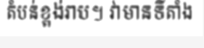
តំបន់ខ្ពង់រាប។ វាមានទីតាំង